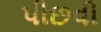
પીછવી